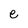
Character: e